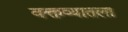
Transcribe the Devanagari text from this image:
वक्तव्यातला